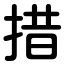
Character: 措